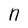
Character: n